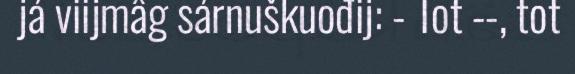
já viijmâg sárnuškuođij: - Tot --, tot